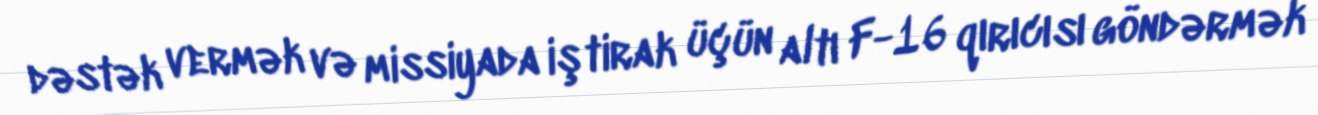
dəstək vermək və missiyada iştirak üçün altı F-16 qırıcısı göndərmək